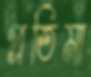
প্রতিমা